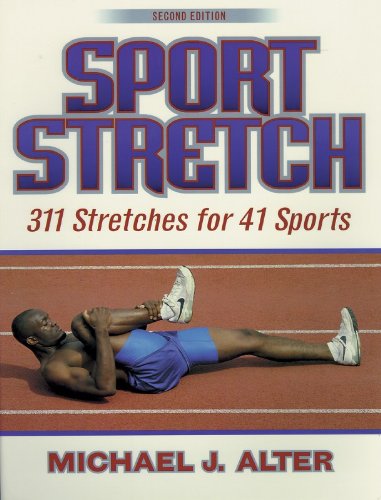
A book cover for Sport Stretch, 2nd Edition: 311 Stretches for 41 Sports; Michael J. Alter; Health, Fitness & Dieting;